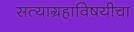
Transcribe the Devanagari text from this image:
सत्याग्रहाविषयीचा